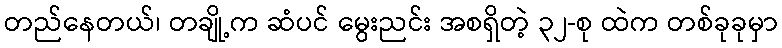
တည်နေတယ်၊ တချို့က ဆံပင် မွေးညင်း အစရှိတဲ့ ၃၂-စု ထဲက တစ်ခုခုမှာ